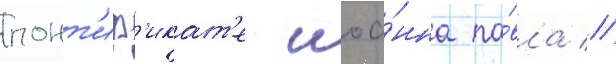
понт'иф'икат'е иоа́нна па́вла //